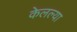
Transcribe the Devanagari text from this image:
केलल्या